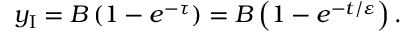
y _ { \mathrm { I } } = B \left( { 1 - e ^ { - \tau } } \right) = B \left( { 1 - e ^ { - t / \varepsilon } } \right) .